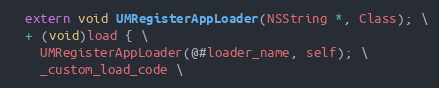
Language: C
  extern void UMRegisterAppLoader(NSString *, Class); \
  + (void)load { \
    UMRegisterAppLoader(@#loader_name, self); \
    _custom_load_code \